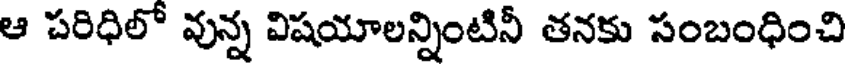
ఆ పరిధిలో వున్న విషయాలన్నింటినీ తనకు సంబంధించి